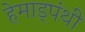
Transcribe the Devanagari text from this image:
हेमाड्पंथी